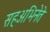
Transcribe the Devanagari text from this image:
सहअभिनेते